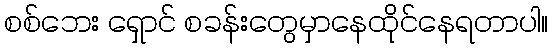
စစ်ဘေး ရှောင် စခန်းတွေမှာနေထိုင်နေရတာပါ။